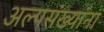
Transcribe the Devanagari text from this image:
अल्पसंख्यांना